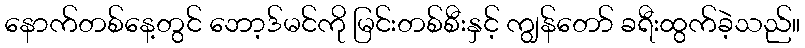
နောက်တစ်နေ့တွင် ဘော့ဒ်မင်ကို မြင်းတစ်စီးနှင့် ကျွန်တော် ခရီးထွက်ခဲ့သည်။